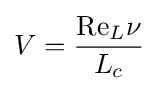
V={\frac {\mathrm {Re} _{L}\nu }{L_{c}}}